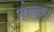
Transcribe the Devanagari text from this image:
प्रमाता।